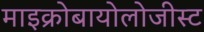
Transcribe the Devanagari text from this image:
माइक्रोबायोलोजीस्ट